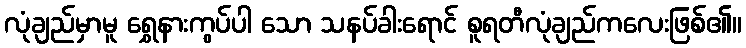
လုံချည်မှာမူ ရွှေနားကွပ်ပါ သော သနပ်ခါးရောင် စူရတီလုံချည်ကလေးဖြစ်၏။